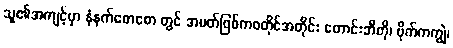
သူ၏အကျင့်မှာ နံနက်စောစော တွင် အမတ်ဖြစ်ကစတိုင်အတိုင်း တောင်းဘီတို၊ ဗိုက်ကကျွဲ၊